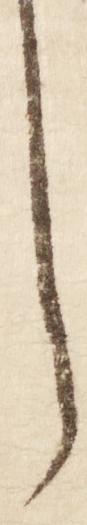
し